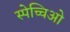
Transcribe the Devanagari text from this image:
स्पेच्चिओ